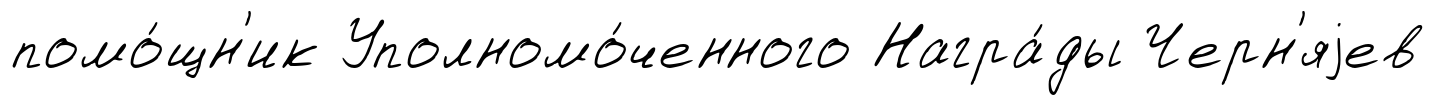
помо́щн'ик Уполномо́ченного Награ́ды Черн'яjев